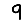
Digit: 9